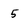
Character: 5